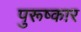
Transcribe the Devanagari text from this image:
पुरूष्कार